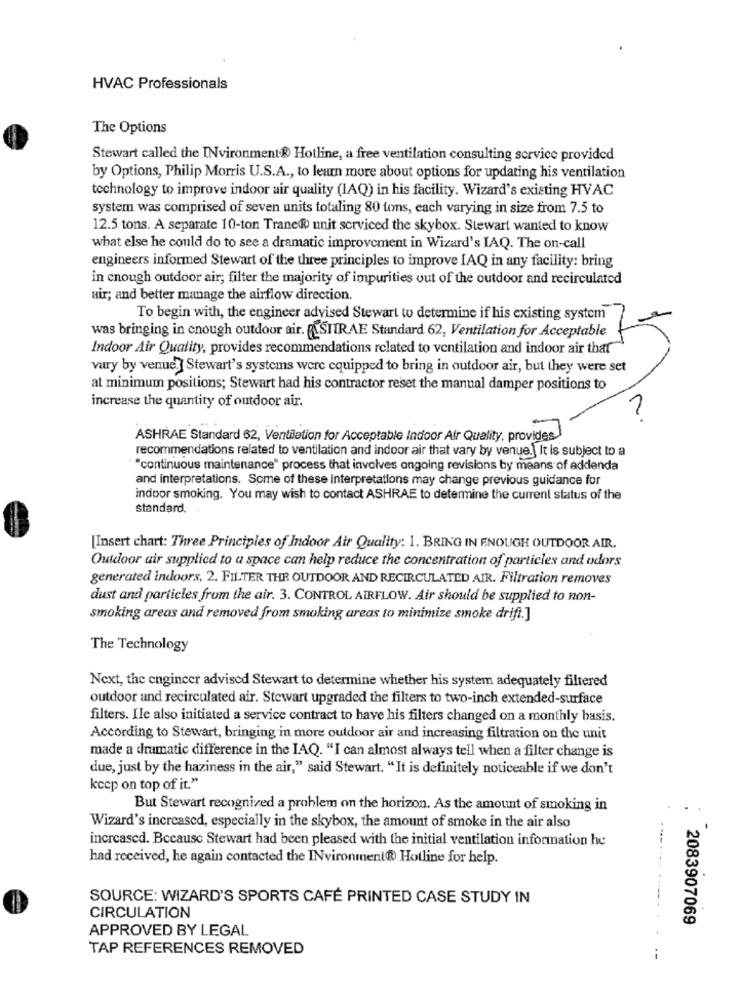
HVAC Professionals
The Options
Stewart called the INvironment.R Hotline, a free ventilation consulting service provided
by Options, Philip Morris U.S.A ., to learn more about options for updating his ventilation
technology to improve indoor air quality (IAQ) in his facility. Wizard's existing HVAC
system was comprised of seven units totaling 80 tons, each varying in size from 7.5 to
12.5 tons. A separate 10-ton Trane® unit serviced the skybox. Stewart wanted to know
what else he could do to see a dramatic improvement in Wizard's IAQ. The on-call
engineers informed Stewart of the three principles to improve IAQ in any facility: bring
in enough outdoor air; filter the majority of impurities out of the outdoor and recirculated
air; and better manage the airflow direction.
To begin with, the engineer advised Stewart to determine if his existing system
was bringing in enough outdoor air. PLSTIRAE Standard 62, Ventilation for Acceptable
Indoor Air Quality, provides recommendations related to ventilation and indoor air that
vary by venue? Stewart's systems were equipped to bring in outdoor air, but they were set
at minimum positions; Stewart had his contractor reset the manual damper positions to
increase the quantity of outdoor air.
ASHRAE Standard 62, Ventilation for Acceptable Indoor Air Quality, provides
recommendations related to ventilation and indoor air that vary by venue. It is subject to a
"continuous maintenance" process that involves ongoing revisions by means of addenda
and interpretations. Some of these interpretations may change previous guidance for
indoor smoking. You may wish to contact ASHRAE to determine the current status of the
standard.
[Insert chart: Three Principles of Indoor Air Quality: 1. BRING IN ENOUGH OUTDOOR AIR.
Outdoor air supplied to a space can help reduce the concentration of particles and odors
generated indoors. 2. FILTER THE OUTDOOR AND RECIRCULATED AIR. Filtration removes
dust and particles from the air. 3. CONTROL AIRFLOW. Air should be supplied to non-
smoking areas and removed from smoking areas to minimize smoke drift.]
The Technology
Next, the engineer advised Stewart to determine whether his system adequately filtered
outdoor and recirculated air. Stewart upgraded the filters to two-inch extended-surface
filters. Ile also initiated a service contract to have his filters changed on a monthly basis.
According to Stewart, bringing in more outdoor air and increasing filtration on the unit
made a dramatic difference in the IAQ. "I can almost always tell when a filter change is
due, just by the haziness in the air," said Stewart. "It is definitely noticeable if we don't
keep on top of it."
But Stewart recognized a problem on the horizon. As the amount of smoking in
Wizard's increased, especially in the skybox, the amount of smoke in the air also
increased. Because Stewart had been pleased with the initial ventilation information he
had received, he again contacted the INvironment® Hotline for help.
SOURCE: WIZARD'S SPORTS CAFÉ PRINTED CASE STUDY IN
CIRCULATION
2083907069
APPROVED BY LEGAL
TAP REFERENCES REMOVED
--